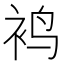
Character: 𬡍